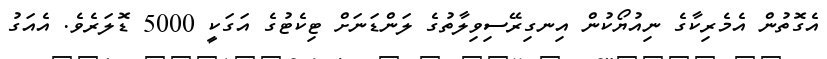
އެގޮތުން އެމެރިކާގެ ނިއުޔޯކުން އިނގިރޭސިވިލާތުގެ ލަންޑަނަށް ޓިކެޓުގެ އަގަކީ 5000 ޑޮލަރެވެ. އެއަގު